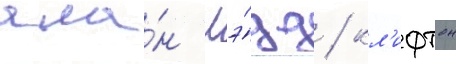
ала́н лэ́дд / кл'ифтон